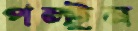
পল্টুন